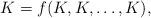
LaTeX: \begin{align*}K=f(K,K, \dots,K),\end{align*}